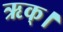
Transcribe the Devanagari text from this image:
ऋक्।